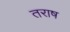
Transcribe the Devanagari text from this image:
तराष